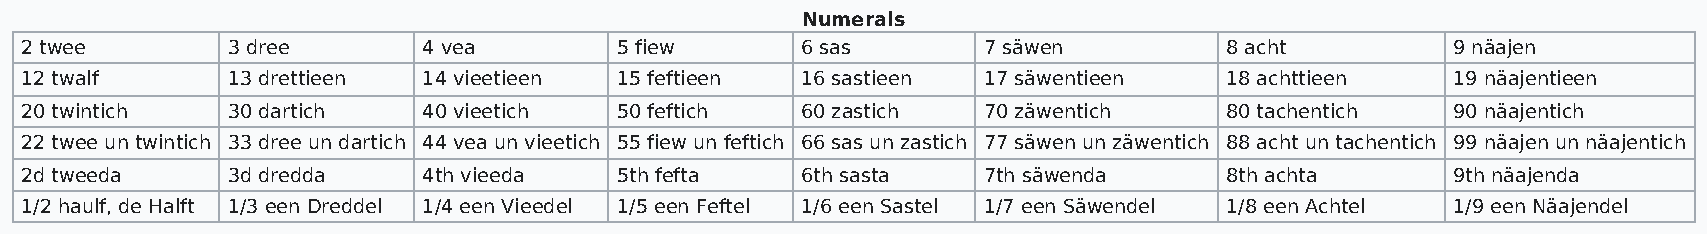
Numerals
 2 twee        3 dree       4 vea        5 fiew      6 sas       7 säwen         8 acht         9 näajen
 12 twalf      13 drettieen 14 vieetieen 15 feftieen 16 sastieen 17 säwentieen   18 achttieen   19 näajentieen
 20 twintich   30 dartich   40 vieetich  50 feftich  60 zastich  70 zäwentich    80 tachentich  90 näajentich
 22 twee un twintich 33 dree un dartich 44 vea un vieetich 55 fiew un feftich 66 sas un zastich 77 säwen un zäwentich 88 acht un tachentich 99 näajen un näajentich
 2d tweeda     3d dredda    4th vieeda   5th fefta   6th sasta   7th säwenda     8th achta      9th näajenda
 1/2 haulf, de Halft 1/3 een Dreddel 1/4 een Vieedel 1/5 een Feftel 1/6 een Sastel 1/7 een Säwendel 1/8 een Achtel 1/9 een Näajendel